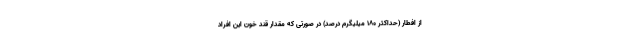
از افطار (حداکثر ۱۸۰ میلیگرم درصد) در صورتی که مقدار قند خون این افراد